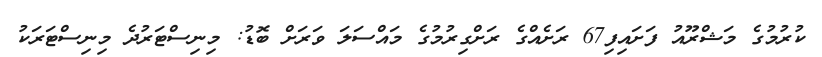
ކުރުމުގެ މަޝްރޫއު ފަށައިފި67 ރަށެއްގެ ރަށްގިރުމުގެ މައްސަލަ ވަރަށް ބޮޑު: މިނިސްޓަރުދެ މިނިސްޓަރަކު